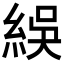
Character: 𬗙